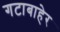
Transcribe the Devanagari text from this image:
गटाबाहेर